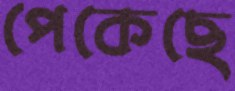
পেকেছে